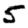
Digit: 5